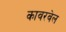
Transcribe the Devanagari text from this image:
कावरवेल